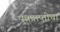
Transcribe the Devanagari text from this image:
पुत्रप्राप्‍तीचा